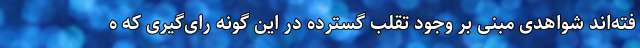
فته‌اند شواهدی مبنی بر وجود تقلب گسترده در این گونه رای‌گیری که ه